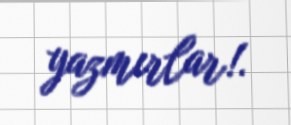
yazmırlar!.